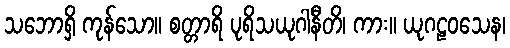
သဘောရှိ ကုန်သော။ စတ္တာရိ ပုရိသယုဂါနီတိ၊ ကား။ ယုဂဠဝသေန၊